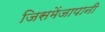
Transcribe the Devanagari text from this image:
जिसमेंजापानी